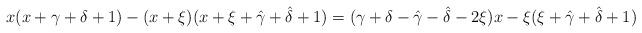
LaTeX: \begin{gather*}x(x+\gamma+\delta+1) - ( x + \xi)( x + \xi+\hat{\gamma}+\hat{\delta}+1) = (\gamma+\delta-\hat{\gamma}-\hat{\delta} -2 \xi ) x - \xi( \xi+\hat{\gamma}+\hat{\delta}+1)\end{gather*}